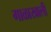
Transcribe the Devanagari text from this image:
गाळाखाली